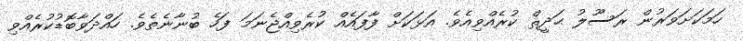
ހަމަކަށަވަރުން ރަސޫލު ޙަދީޘް ކުރެއްވިއެވެ. އަޅަކަށް ފާފައެއް ކުރެވިއްޖެނަމަ ފަހެ ބުނާނެތެވެ. ހައްދަވާބޮޑުކުރެއްވި